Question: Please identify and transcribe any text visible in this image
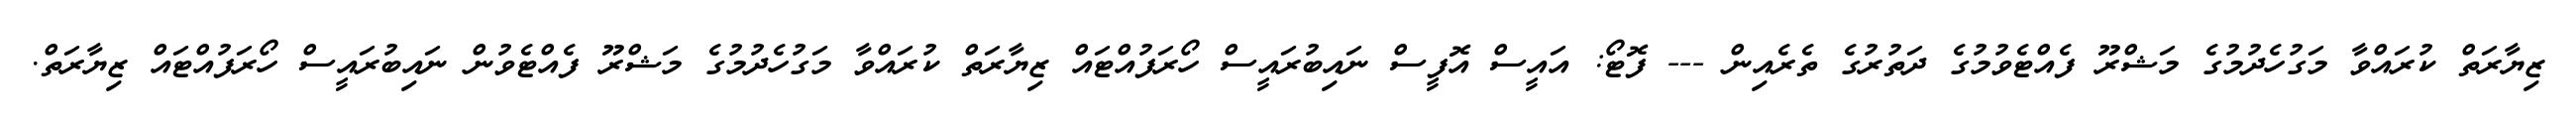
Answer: ޒިޔާރަތް ކުރައްވާ މަގުހެދުމުގެ މަޝްރޫ ފެއްޓެވުމުގެ ދަތުރުގެ ތެރެއިން --- ފޮޓޯ: އައީސް އޮފީސް ނައިބުރައީސް ހޯރަފުއްޓައް ޒިޔާރަތް ކުރައްވާ މަގުހެދުމުގެ މަޝްރޫ ފެއްޓެވުން ނައިބުރައީސް ހޯރަފުއްޓައް ޒިޔާރަތް.